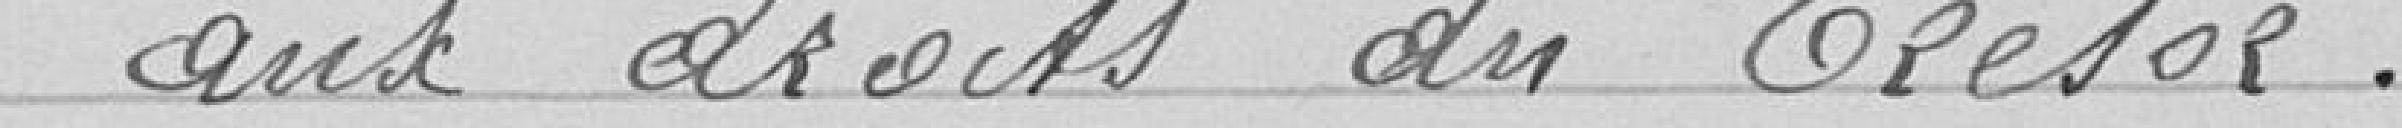
aux droits du Trésor.